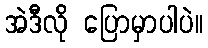
အဲဒီလို ပြောမှာပါပဲ။